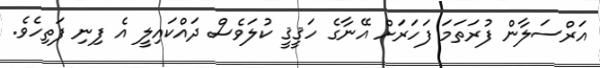
އަރްސަލާން ފުރަތަމަ ފަހަރަށް އޭނާގެ ހަޤީޤީ ކުލަވެސް ދައްކައިލީ އެ ފިނި ފަތިހެވެ.